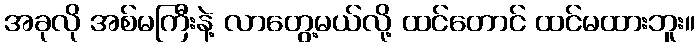
အခုလို အစ်မကြီးနဲ့ လာတွေ့မယ်လို့ ထင်တောင် ထင်မထားဘူး။